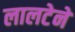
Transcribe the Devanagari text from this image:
लालटेने